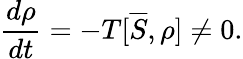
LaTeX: \frac{d\rho}{dt}=-T[\overline{{S}},\rho]\neq 0.